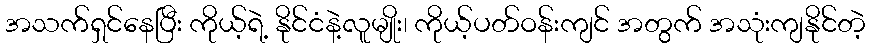
အသက်ရှင်နေပြီး ကိုယ့်ရဲ့ နိုင်ငံနဲ့လူမျိုး၊ ကိုယ့်ပတ်ဝန်းကျင် အတွက် အသုံးကျနိုင်တဲ့